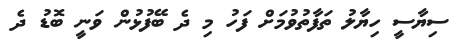
ސިޔާސީ ހިޔާލު ތަފާތުވުމަށް ފަހު މި ދެ ބޭފުޅުން ވަނީ ބޮޑު ދެ